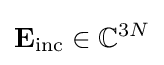
\mathbf {E} _{\mathrm {inc} }\in \mathbb {C} ^{3N}